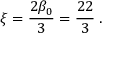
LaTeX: \xi = \frac { 2 \beta _ { 0 } } { 3 } = \frac { 2 2 } { 3 } \; .